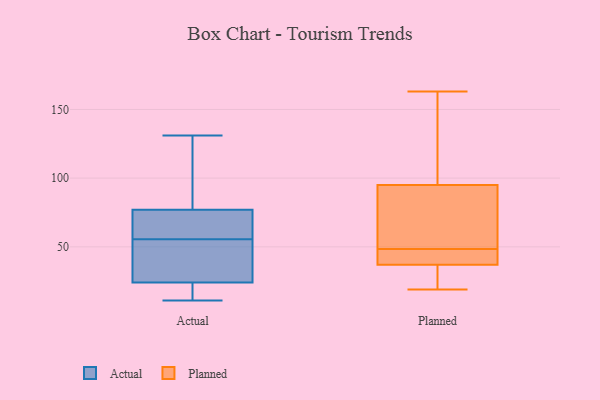
{"axis": {"x": "Revenue (USD Million)", "y": "Value"}, "legend": ["Actual", "Planned"], "data": [{"x": "", "y": 77, "type": "Actual"}, {"x": "", "y": 18, "type": "Actual"}, {"x": "", "y": 11, "type": "Actual"}, {"x": "", "y": 61, "type": "Actual"}, {"x": "", "y": 120, "type": "Actual"}, {"x": "", "y": 24, "type": "Actual"}, {"x": "", "y": 48, "type": "Actual"}, {"x": "", "y": 50, "type": "Actual"}, {"x": "", "y": 70, "type": "Actual"}, {"x": "", "y": 131, "type": "Actual"}, {"x": "", "y": 144, "type": "Planned"}, {"x": "", "y": 39, "type": "Planned"}, {"x": "", "y": 44, "type": "Planned"}, {"x": "", "y": 163, "type": "Planned"}, {"x": "", "y": 114, "type": "Planned"}, {"x": "", "y": 53, "type": "Planned"}, {"x": "", "y": 36, "type": "Planned"}, {"x": "", "y": 74, "type": "Planned"}, {"x": "", "y": 76, "type": "Planned"}, {"x": "", "y": 19, "type": "Planned"}, {"x": "", "y": 38, "type": "Planned"}, {"x": "", "y": 32, "type": "Planned"}]}